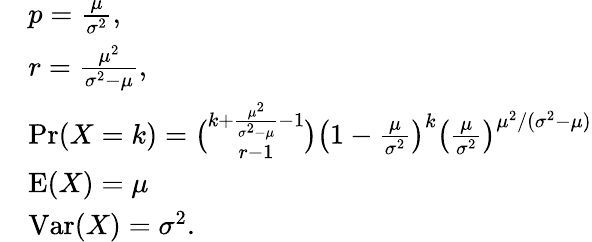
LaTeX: {\begin{array}{rl}&{p={\frac{\mu}{\sigma^{2}}},}\\ &{r={\frac{\mu^{2}}{\sigma^{2}-\mu}},}\\ &{\operatorname*{Pr}(X=k)={\binom{k+{\frac{\mu^{2}}{\sigma^{2}-\mu}}-1}{r-1}}\left(1-{\frac{\mu}{\sigma^{2}}}\right)^{k}\left({\frac{\mu}{\sigma^{2}}}\right)^{\mu^{2}/(\sigma^{2}-\mu)}}\\ &{\operatorname{E}(X)=\mu}\\ &{\operatorname{Var}(X)=\sigma^{2}.}\end{array}}